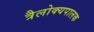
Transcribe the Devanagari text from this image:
त्रैलोक्यपालक